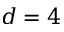
d = 4